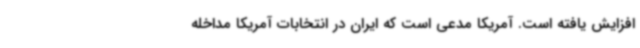
افزایش یافته است. آمریکا مدعی است که ایران در انتخابات آمریکا مداخله